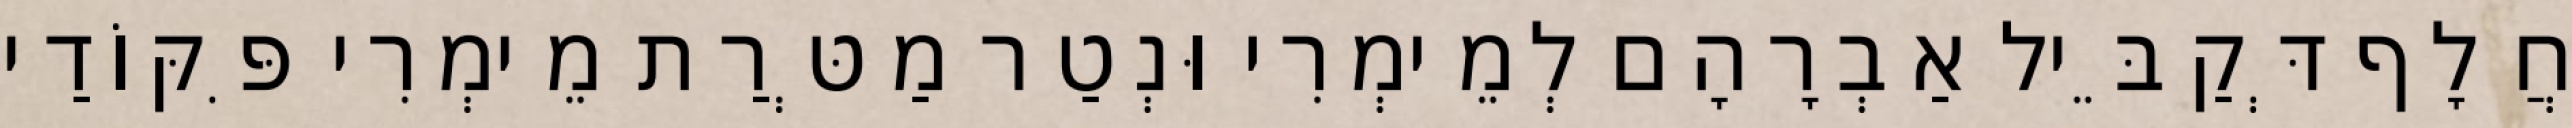
חֲלָף דְּקַבֵּיל אַבְרָהָם לְמֵימְרִי וּנְטַר מַטְּרַת מֵימְרִי פִּקּוֹדַי